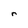
Character: r